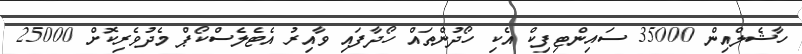
ހާޝެލްއިން 35000 ސައިންޓިފިކް އެކި ހޯދުންތައް ހޯދާފައި ވާއިރު އެޓެލެސްކޯޕް މެދުވެރިކޮށް 25000